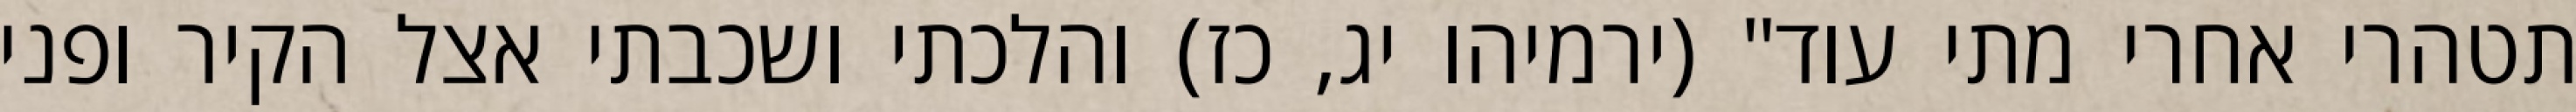
תטהרי אחרי מתי עוד" (ירמיהו יג, כז) והלכתי ושכבתי אצל הקיר ופני